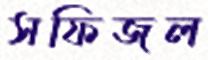
সফিজল